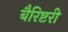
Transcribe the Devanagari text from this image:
बैरिष्टरी